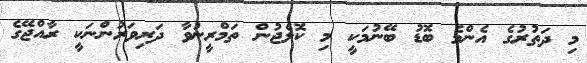
މި ދަތުރުގެ އެންމެ ބޮޑު ބޭނުމަކީ މި ކޮލެޖުން ތަމްރީނުވާ ދަރިވަރުންނަކީ ރާއްޖޭގެ